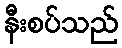
နီးစပ်သည်